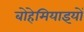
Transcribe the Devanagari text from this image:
बोहेमियाइयों